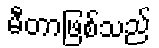
မီတာဖြစ်သည်